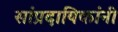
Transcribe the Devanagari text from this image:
सांप्रदायिकांनी